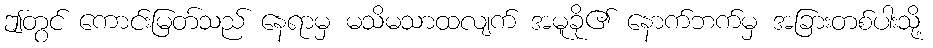
ဤတွင် ကောင်းမြတ်သည် နေရာမှ မသိမသာထလျက် အမူခို၏ နောက်ဘက်မှ အခြားတစ်ပါးသို့